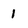
Character: 1